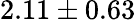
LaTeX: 2.11\pm 0.63